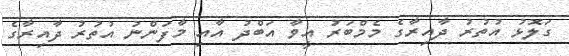
ގަލޮޅު އުތުރު ދާއިރާގެ މެމްބަރު އީވާ އަބްދު އާއި މާފަންނު އުތުރު ދާއިރާގެ